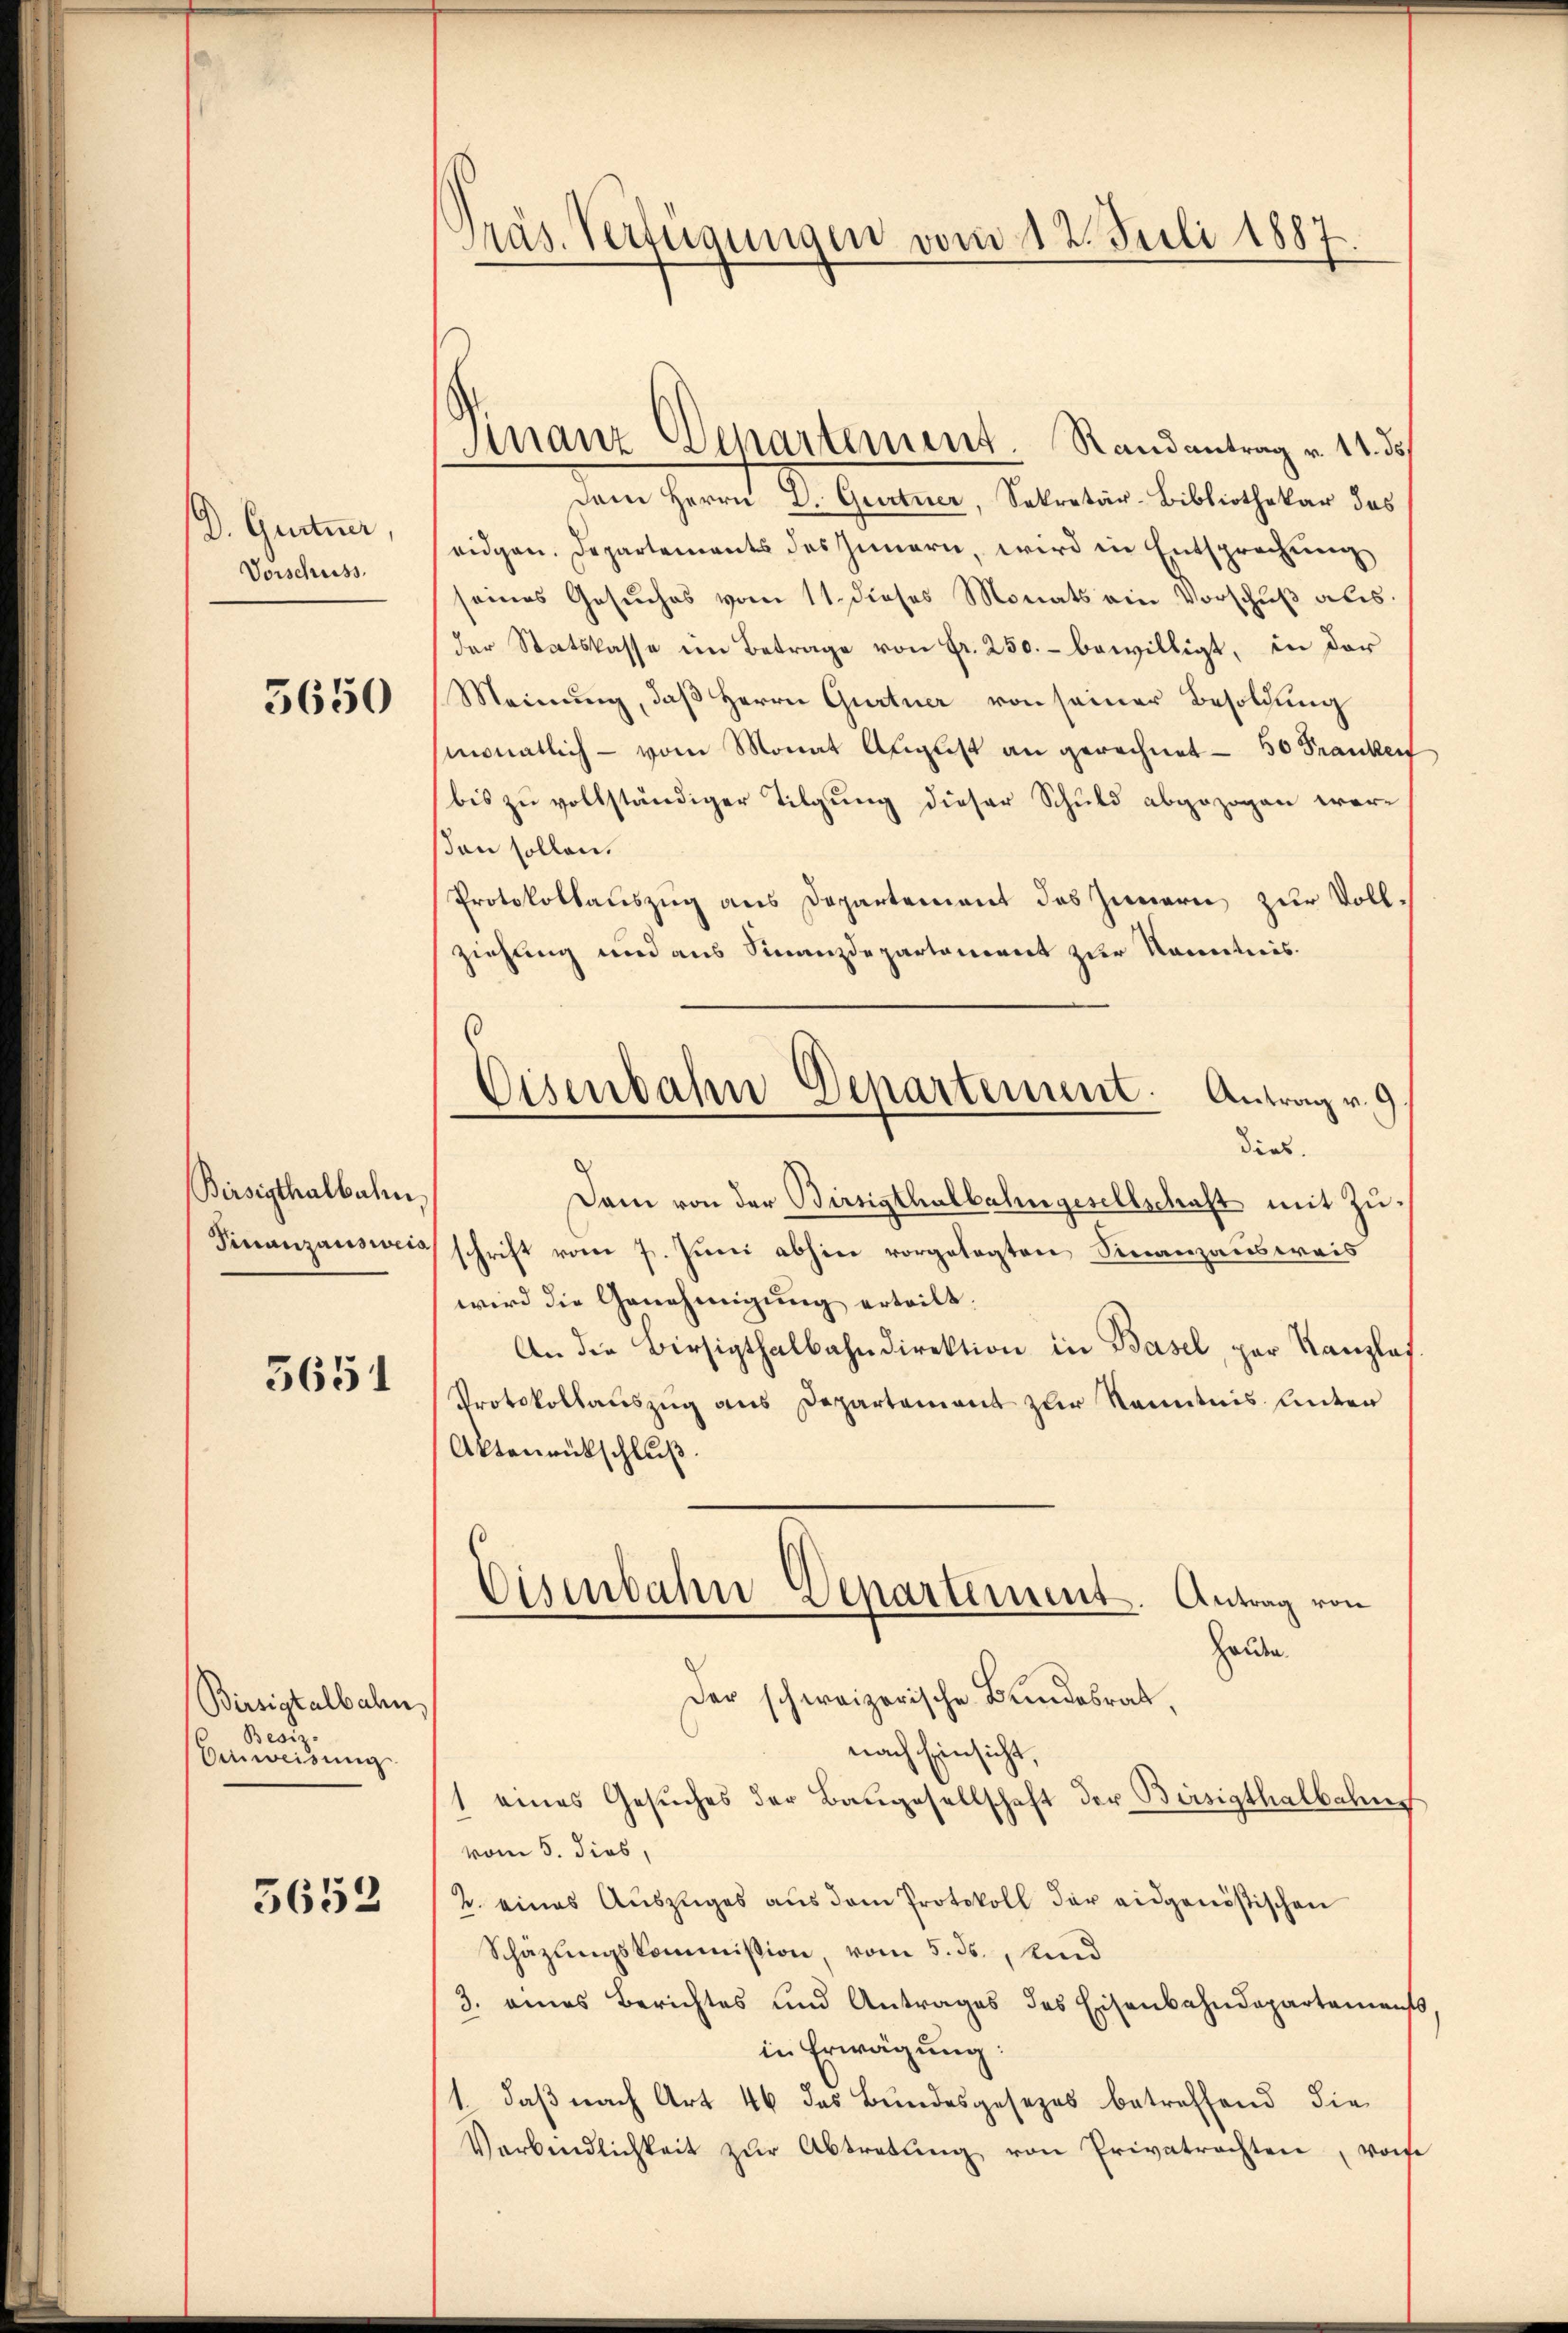
D. Gurtner,
Vorschuss.

5650

Birsigthalbahn.
Finanzausweis

5651

Birsigtalbahn.
cois
Einweisung

5652

Präs. Verfügungen vom 12. Juli 1887.

Finanz Departement. Randantrag v. 14. d
dem Herrn D. Gurtner, Sekretär-Bibliothekar das
eidgen. Departements des Innern, wird in Entsprechung
seines Gesuches vom 11. dieses Monats ein Vorschuß als
der Statskasse im Betrage von fr. 250.- bewilligt, in der
Meinung, daß Herrn Gurtner von seiner Besoldung
monatlich - vom Monat August an gerechnet - 50 Franken
bis zu vollständiger Tilgung dieser Schuld abgezogen werden sollen.
Protokollauszug aus Departement des Innern zur Vollziehung und aus Finanzdepartement zur Kenntnis.
Dam von der Birsigthalbahngesellschaft mit Zuschrift vom 7. Juni abhin vorgelegten Finanzausweis
wird die Genehmigung erteilt.
An die Birsigthalbahndirektion in Basel, par Kanzlei
Protokollauszug aus Departement zur Kenntnis unter
Aktenrückschluß.
Eisenbahndepartement. Antrag von
Haude
Der schweizerische Bundesrath,
nach Einsicht,
1 eines Gesŭches der Baŭgesellschaft der Bürsigthalbahns
vom 5. dies,
2. eines Auszuges aus dem Protokoll der eidgenößischen
Schäzungskommission, vom 5. ds., Kind
3. eines Berichtes und Antrages des Eisenbahndepartements
in Erwägung:
1., daß nach Art 46 das Bundesgesezes betreffend die
Verbindlichkeit zŭr Abtretŭng von Privatrechten, von

Eisenbahn Departement. Antrag v. 9
dies